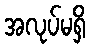
အလုပ်မရှိ